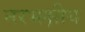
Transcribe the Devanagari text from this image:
नरभक्षीय